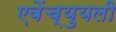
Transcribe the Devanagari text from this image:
एवेंच्युयली